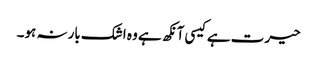
حیرت ہے کیسی آنکھ ہے وہ اشک بارنہ ہو۔